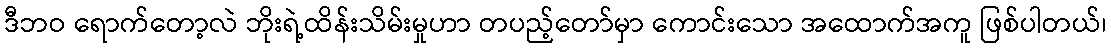
ဒီဘဝ ရောက်တော့လဲ ဘိုးရဲ့ထိန်းသိမ်းမှုဟာ တပည့်တော်မှာ ကောင်းသော အထောက်အကူ ဖြစ်ပါတယ်၊